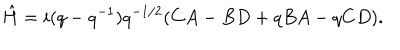
\hat { H } = i ( q - q ^ { - 1 } ) q ^ { - 1 / 2 } ( C A - B D + q B A - q C D ) .